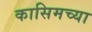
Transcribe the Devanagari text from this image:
कासिमच्या